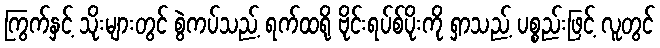
ကြွက်နှင့် သိုးများတွင် စွဲကပ်သည့် ရက်ထရို ဗိုင်းရပ်စ်ပိုးကို ရှာသည့် ပစ္စည်းဖြင့် လူတွင်